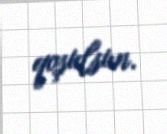
qoşulsun.